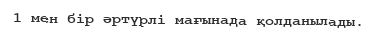
1 мен бір әртүрлі мағынада қолданылады.